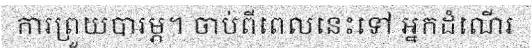
ការព្រួយបារម្ភ។ ចាប់ពីពេលនេះទៅ អ្នកដំណើរ